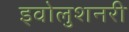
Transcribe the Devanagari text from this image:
इवोलुशनरी